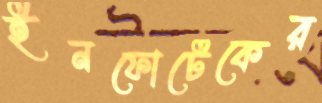
ইনফোটেকের